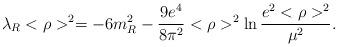
LaTeX: \begin{align*}\lambda_{R}<\rho>^{2}=-6m_{R}^{2}-\frac{9e^{4}}{8\pi^{2}}<\rho>^{2}\ln\frac{e^{2}<\rho>^{2}}{\mu^{2}}.\end{align*}